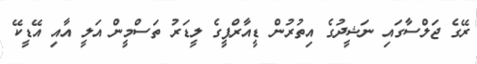
ރޭގެ ޖަލްސާގައި ނަޝީދުގެ އިތުރުން ޑީއާރްޕީގެ ލީޑަރު ތަސްމީން އަލީ އާއި އޭޑީކޭ